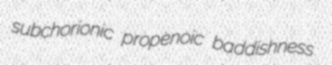
subchorionic propenoic baddishness